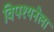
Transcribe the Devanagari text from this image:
विपश्यनेला